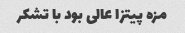
مزه پیتزا عالی بود با تشکر